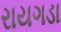
રાયગડા